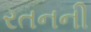
રતનની